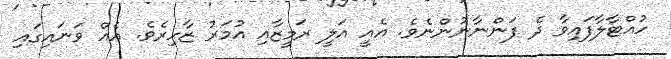
ހުއްޓާލާފައިވާ ދެ ފަންނާނުންނެވެ. އެއީ އަލީ ރަމީޒާއި އުމަރު ޒާހިރެވެ. އެއް ވަނައިގައި